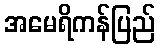
အမေရိကန်ပြည်